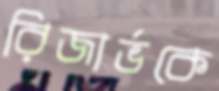
রিজার্ভকে